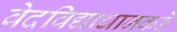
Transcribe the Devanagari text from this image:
वेदविद्याधानकडे